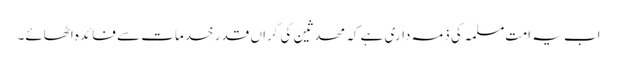
اب یہ امتِ مسلمہ کی ذمہ داری ہے کہ محدثین کی گراں قدر خدمات سے فائدہ اٹھائے۔